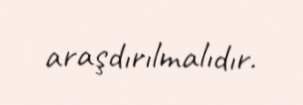
araşdırılmalıdır.